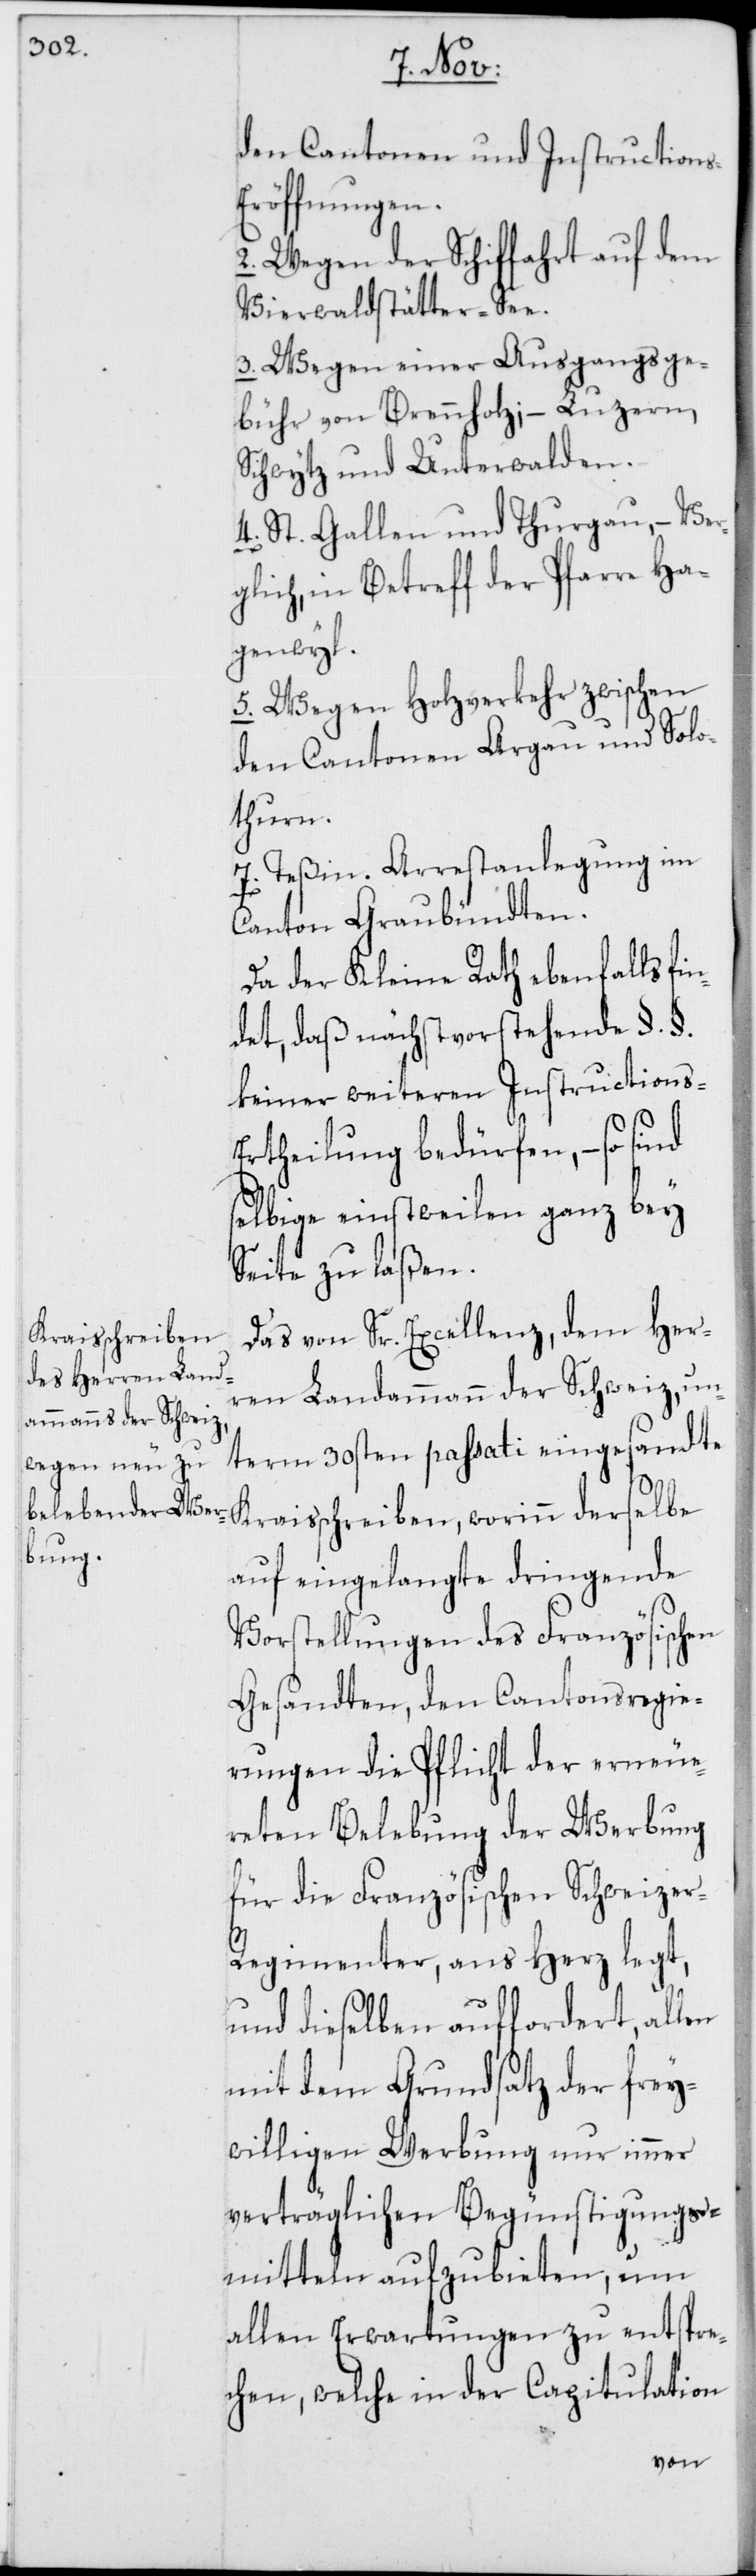
s-E¬

den Cantonen und Instruction¬
röffnungen.
2. Wegen der Schiffahrt auf dem
Vierwaldstätter-See.
3. Wegen einer Ausgangsge¬
bühr von Brennholz; – Luzern,
Schwytz und Unterwalden.
4. St. Gallen und Thurgau, – Ver¬
glich in Betreff der Pfarre Ha¬
genwyl.
5. Wegen Holzverkehr zwischen
den Cantonen Argau und Solo¬
thurn.
7. Teßin. Arrestanlegung im
Canton Graubündten.
Da der Kleine Rath ebenfalls fi¬
ndet, daß nächstvorstehende §.§.
keiner weiteren Instructions-E¬
rtheilung bedürfen, – so sind
selbige einstweilen ganz bey
Seite zu laßen.
Das von Sr. Excellenz, dem Her¬
ren Landammann der Schweiz un¬
term 30sten passati eingesandte
Kraisschreiben, worinn derselbe
auf eingelangte dringende
Vorstellungen des Französischen
Gesandten, den Cantonsregie¬
rungen die Pflicht der erneue¬
reten Belebung der Werbung
für die Französischen Schweize¬
r-Regimenter ans Herz legt,
und dieselben auffordert, allen
mit dem Grundsatz der frey¬
willigen Werbung nur immer
verträglichen Begünstigungs¬
mitteln aufzubieten, um
allen Erwartungen zu entspre¬
chen, welche in der Capitulation